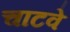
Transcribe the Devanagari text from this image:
चाटवे